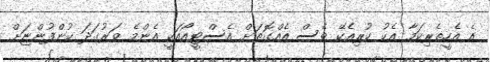
އެ އެހީތެރިކަމާ އެކު ކުރިއެކޭ ވެސް އެއްގޮތަށް އެސްޓީއޯއަކީ އެންމެ ވަރުގަދަ ކުންފުންޏަށް